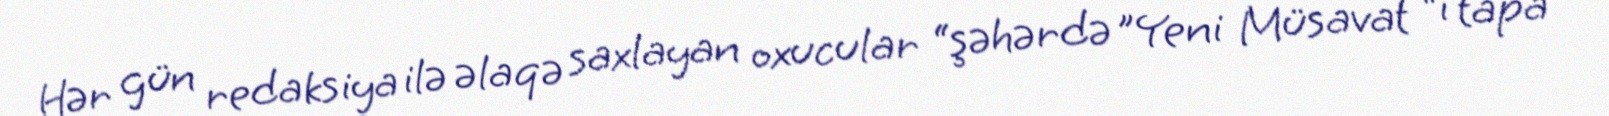
Hər gün redaksiya ilə əlaqə saxlayan oxucular “şəhərdə ”Yeni Müsavat “ı tapa